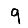
Digit: 9